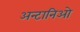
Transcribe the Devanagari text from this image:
अन्टानिओ